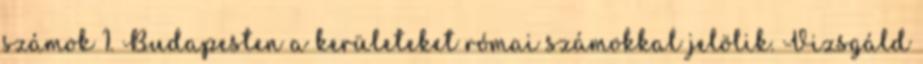
számok 1. Budapesten a kerületeket római számokkal jelölik. Vizsgáld